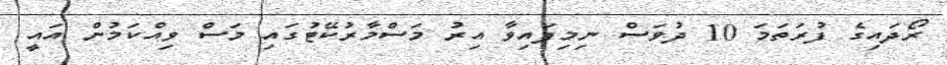
ރޯދައިގެ ފުރަތަމަ 10 ދުވަސް ނިމިފައިވާ އިރު މަސްމާރުކޭޓުގައި މަސް ވިއްކަމުން އައީ